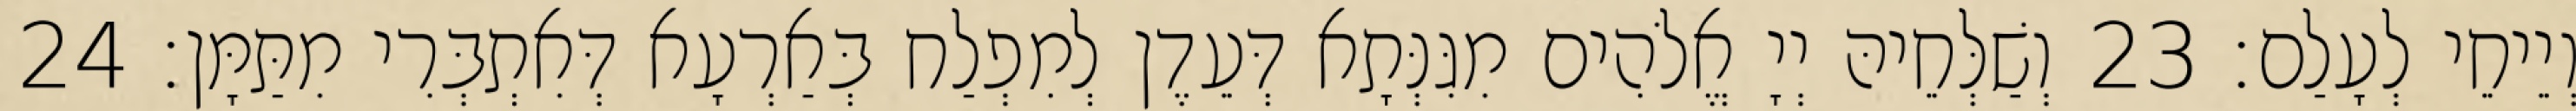
וְיֵיחֵי לְעָלַם׃ 23 וְשַׁלְּחֵיהּ יְיָ אֱלֹהִים מִגִּנְּתָא דְּעֵדֶן לְמִפְלַח בְּאַרְעָא דְּאִתְבְּרִי מִתַּמָּן׃ 24